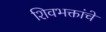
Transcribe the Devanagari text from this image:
शिवभक्तांचे